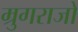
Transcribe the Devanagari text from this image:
म्रुगराजो